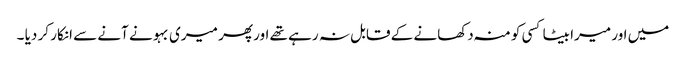
میں اور میرا بیٹا کسی کو منہ دکھانے کے قابل نہ رہے تھے اور پھر میری بہو نے آنے سے انکار کر دیا ۔